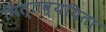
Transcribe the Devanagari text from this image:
मित्तव्ययिता